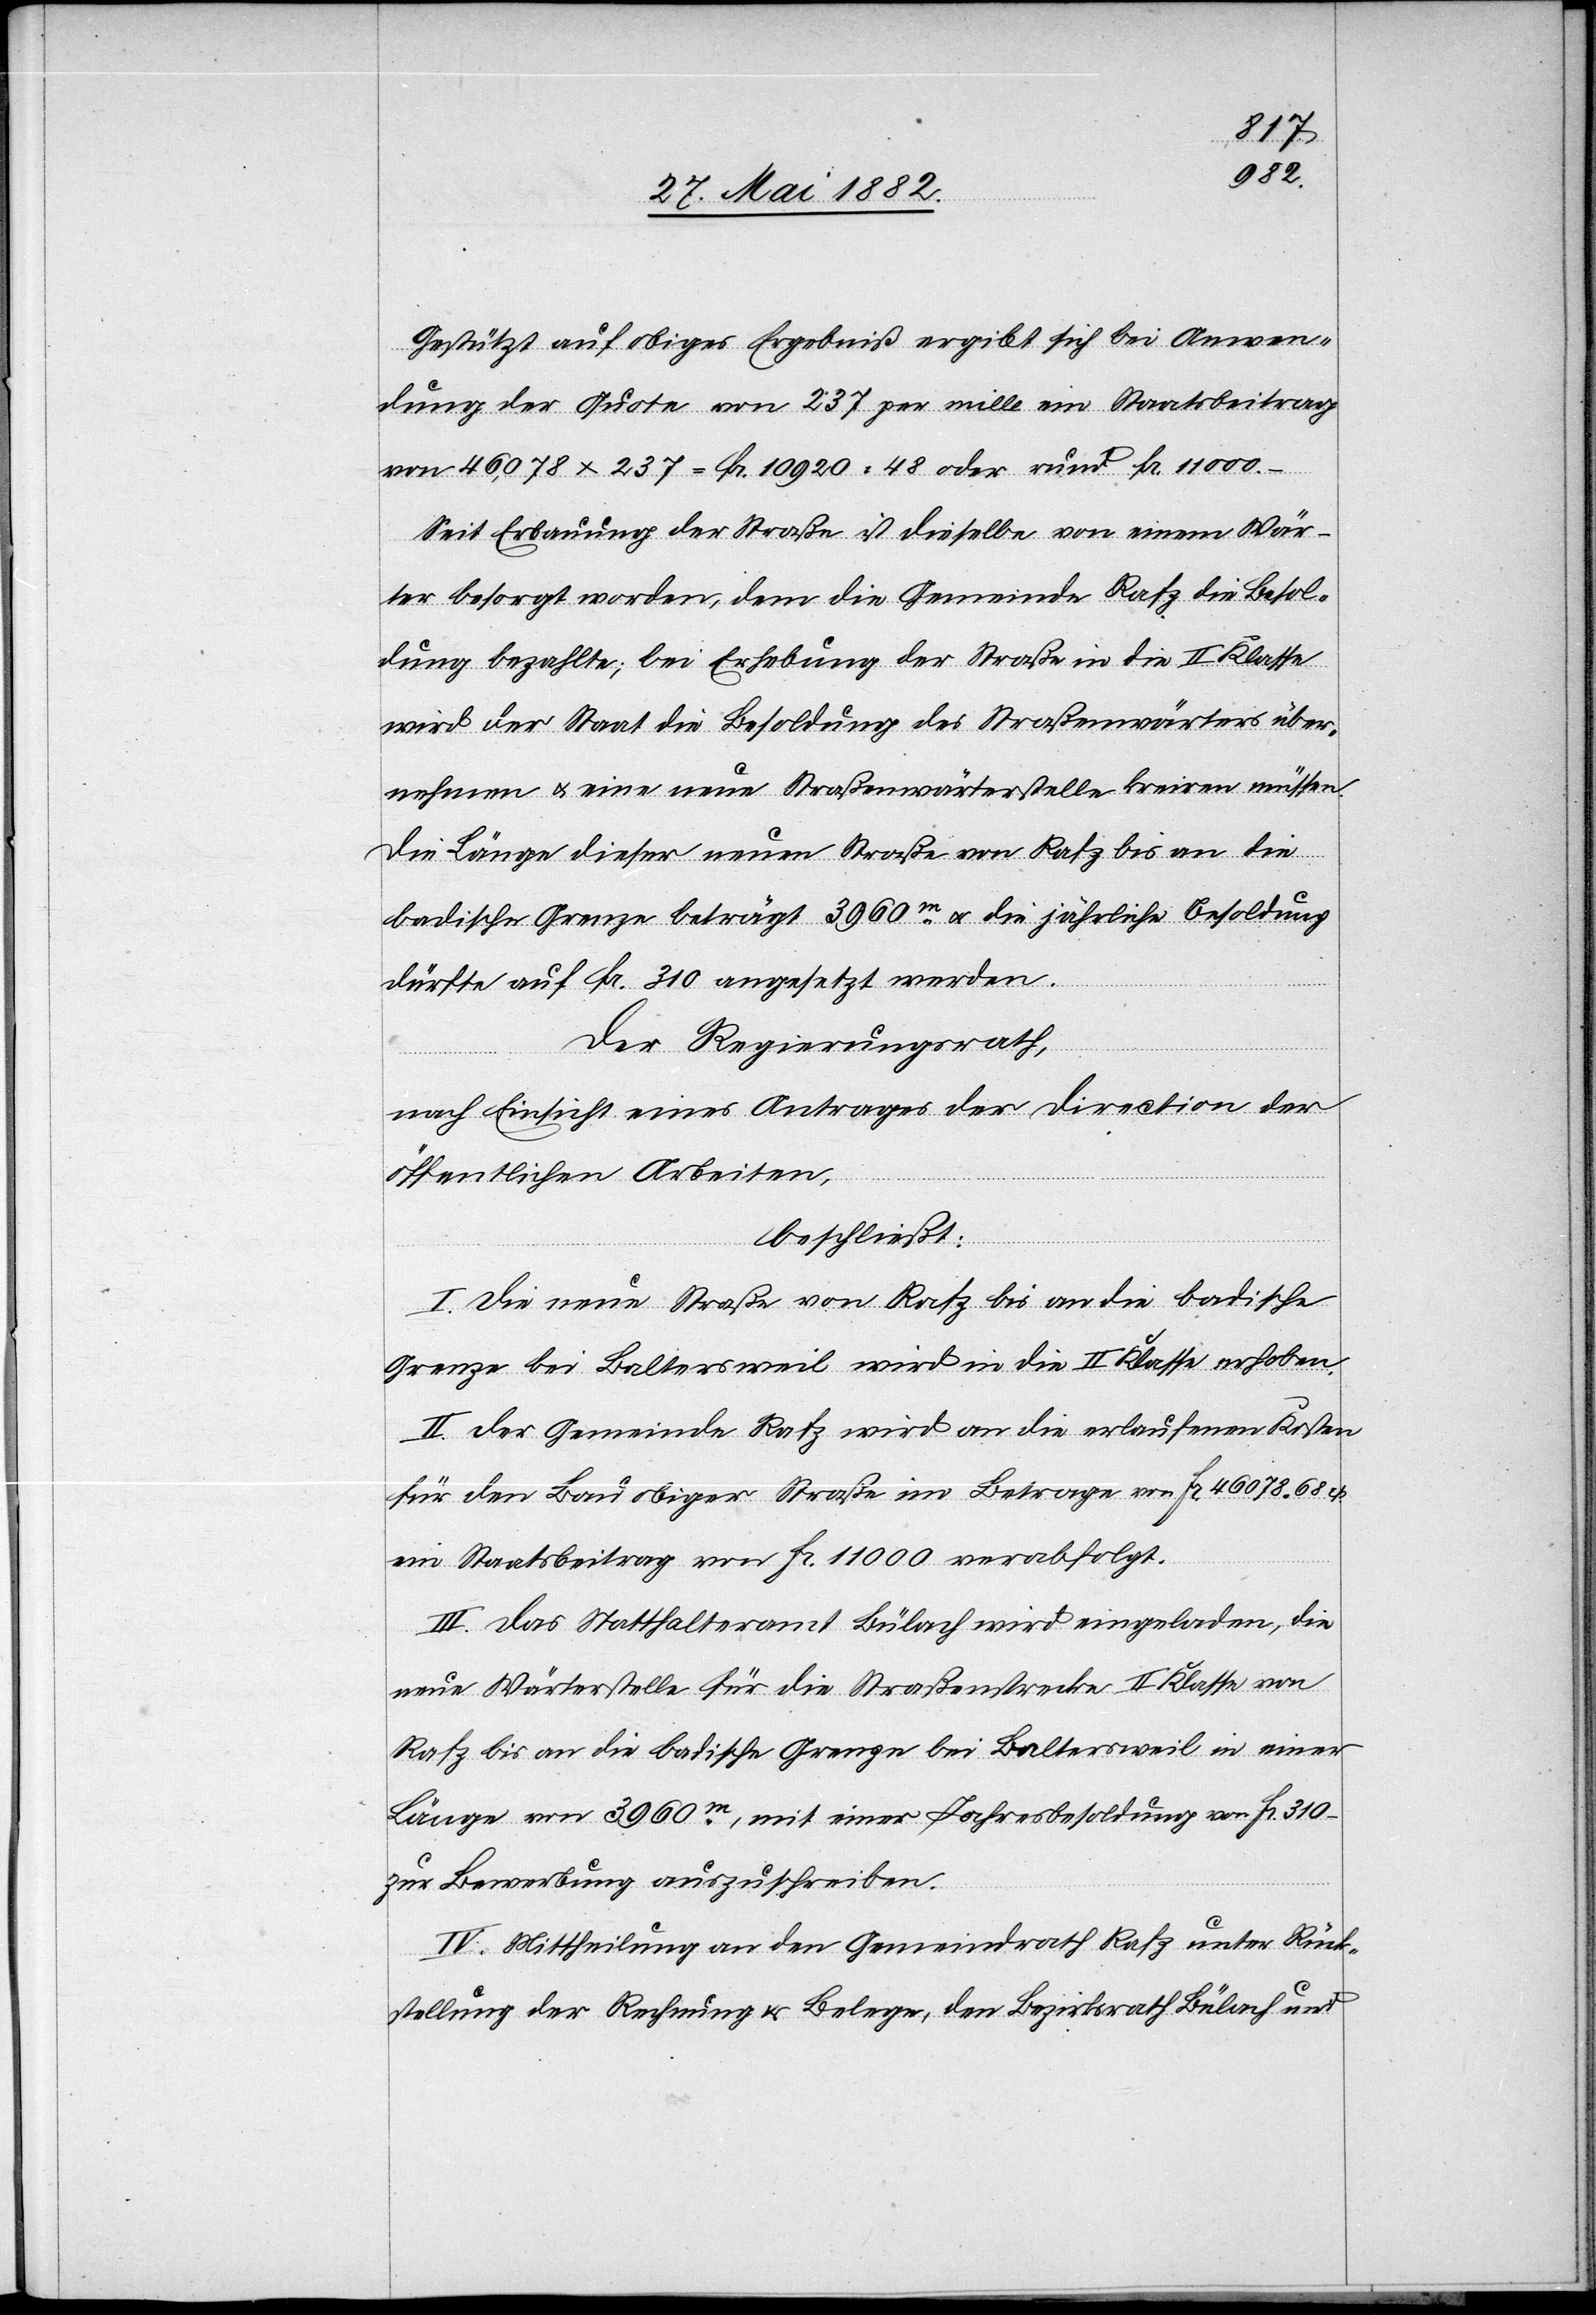
Gestützt auf obiges Ergebniß ergibt sich bei Anwen¬
dung der Quote von 237 per mille ein Staatsbeitrag
von 46,078 x 237[‰] = Fr. 10 920 48 oder rund Fr. 11 000.–
Seit Erbauung der Straße ist dieselbe von einem Wär¬
ter besorgt worden, dem die Gemeinde Rafz die Besol¬
dung bezahlte; bei Erhebung der Straße in die II. Klasse
wird der Staat die Besoldung des Straßenwärters über¬
nehmen u. eine neue Straßenwärterstelle kreiren müssen.
Die Länge dieser neuen Straße von Rafz bis an die
badische Grenze beträgt 3960m u. die jährliche Besoldung
dürfte auf Fr. 310 angesetzt werden.
Der Regierungsrath,
nach Einsicht eines Antrages der Direction der
öffentlichen Arbeiten,
beschließt:
I. Die neue Straße von Rafz bis an die badische
Grenze bei Baltersweil wird in die II. Klasse erhoben.
II. Der Gemeinde Rafz wird an die erlaufenen Kosten
für den Bau obiger Straße im Betrag von Fr. 46 078 68 cts.
ein Staatsbeitrag von Fr. 11 000 verabfolgt.
III. Das Statthalteramt Bülach wird eingeladen, die
neue Wärterstelle für die Straßenstrecke II. Klasse von
Rafz bis an die badische Grenze bei Baltersweil in einer
Länge von 3960m, mit einer Jahresbesoldung von Fr. 310.–
zur Bewerbung auszuschreiben.
IV. Mittheilung an den Gemeindrath Rafz unter Rück¬
stellung der Rechnung & Belege, den Bezirksrath Bülach und